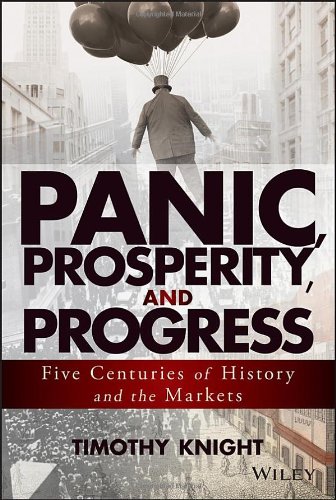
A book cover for Panic, Prosperity, and Progress: Five Centuries of History and the Markets; Timothy Knight; Business & Money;